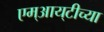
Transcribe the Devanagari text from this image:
एम्‌आय्‌टीच्या